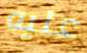
عليه